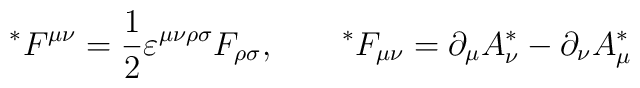
{}^*F^{\mu\nu}=\frac 12 \varepsilon^{\mu\nu\rho\sigma}F_{\rho\sigma}, \qquad {}^*F_{\mu\nu}=\partial_\mu A^*_\nu -\partial_\nu A^*_\mu